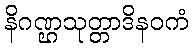
နိဂဏ္ဌသုတ္တာဒိနဝကံ